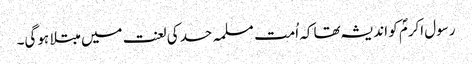
رسول اکرمؐ کو اندیشہ تھا کہ اُمت مسلمہ حسد کی لعنت میں مبتلا ہوگی۔